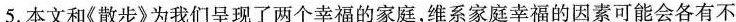
5.本文和《散步》为我们呈现了两个幸福的家庭，维系家庭幸福的因素可能会各有不